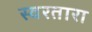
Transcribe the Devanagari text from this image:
स्वरतारा